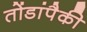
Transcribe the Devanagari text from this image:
तोंडांपैकी